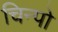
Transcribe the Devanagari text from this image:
चिन्पो